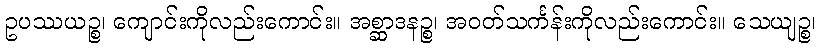
ဥပဿယဉ္စ၊ ကျောင်းကိုလည်းကောင်း။ အစ္ဆာဒနဉ္စ၊ အဝတ်သင်္ကန်းကိုလည်းကောင်း။ သေယျဉ္စ၊